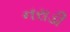
નરાડી